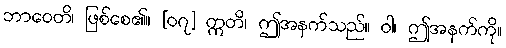
ဘာဝေတိ၊ ဖြစ်စေ၏။ [၀၇] ဣတိ၊ ဤအနက်သည်။ ဝါ၊ ဤအနက်ကို။